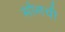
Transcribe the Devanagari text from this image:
सोलची